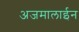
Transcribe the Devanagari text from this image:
अजमालाईन